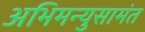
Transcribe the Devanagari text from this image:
अभिमन्युसामंत